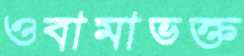
ওবামাভক্ত